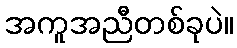
အကူအညီတစ်ခုပဲ။